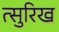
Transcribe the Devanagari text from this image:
त्सुरिख